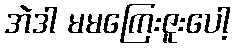
အဲဒါ မမကြေးဇူးပေါ့